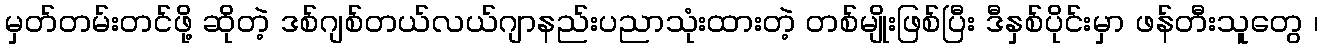
မှတ်တမ်းတင်ဖို့ ဆိုတဲ့ ဒစ်ဂျစ်တယ်လယ်ဂျာနည်းပညာသုံးထားတဲ့ တစ်မျိုးဖြစ်ပြီး ဒီနှစ်ပိုင်းမှာ ဖန်တီးသူတွေ ၊